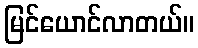
မြင်ယောင်လာတယ်။